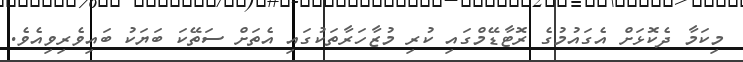
މިކަމާ ދެކޮޅަށް އެގައުމުގެ ރޮޓާޑޭމްގައި ކުރި މުޒާހަރާތަކުގައި އެތަށް ސަތޭކަ ބަޔަކު ބައިވެރިވިއެވެ.